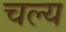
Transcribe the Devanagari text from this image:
चल्य